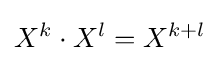
X^{k}\cdot X^{l}=X^{k+l}